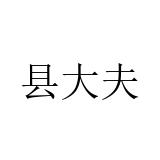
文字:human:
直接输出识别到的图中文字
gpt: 县大夫